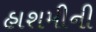
હાશમીની